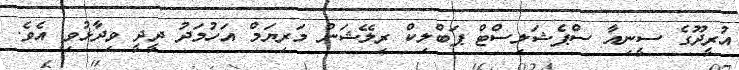
އުރީދޫގެ ސީނިއާ ސްޕެޝަލިސްޓް ޕަބްލިކް ރިލޭޝަން މަރިޔަމް އަހުމަދު ދީދީ ވިދާޅުވި އެވެ.